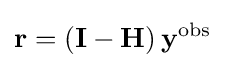
\mathbf {r=\left(I-H\right)y^{\mathrm {obs} }}